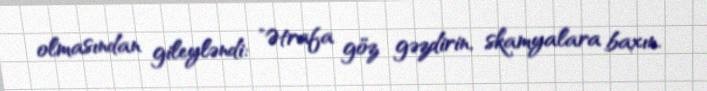
olmasından gileyləndi: "Ətrafa göz gəzdirin, skamyalara baxın.